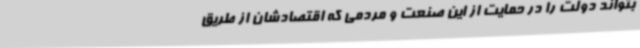
بتواند دولت را در حمایت از این صنعت و مردمی که اقتصادشان از طریق